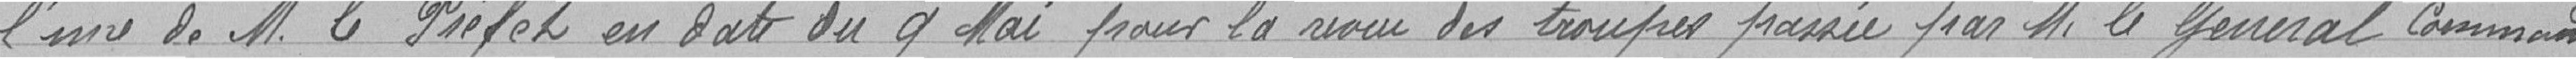
l'une de M. le Préfet en date du 9 mai pour la revue des troupes passée par M. le Général Commandant